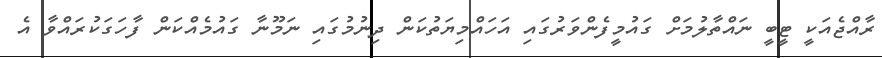
ރާއްޖެއަކީ ޓީބީ ނައްތާލުމަށް ގައުމީފެންވަރުގައި އަހައްމިޔަތުކަން ދިނުމުގައި ނަމޫނާ ގައުމެއްކަން ފާހަގަކުރައްވާ އެ